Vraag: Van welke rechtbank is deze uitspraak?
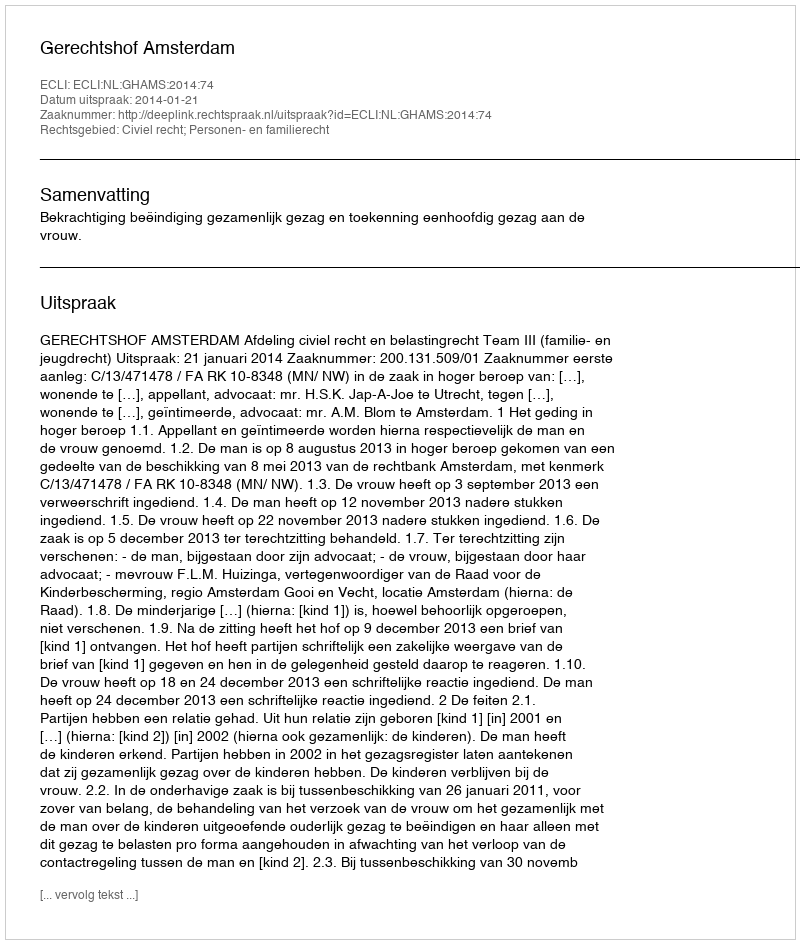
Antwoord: Gerechtshof Amsterdam